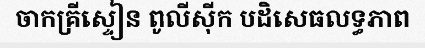
ចាកគ្រីស្ទៀន ពូលីស៊ីក បដិសេធលទ្ធភាព